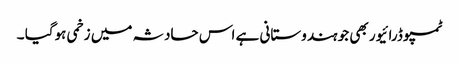
ٹمپو ڈرائیور بھی جو ہندوستانی ہے اس حادثہ میں زخمی ہوگیا ۔